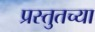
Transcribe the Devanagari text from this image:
प्रस्तुतच्या